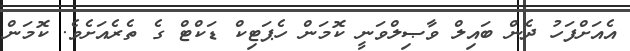
އެއަށްފަހު ދެން ބައިލް ވާޞިލްވަނީ ކޮމަން ހެޕަޓިކް ޑަކްޓް ގެ ތެރެއަށެވެ. ކޮމަން